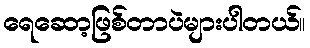
ရေဆော့ဖြစ်တာပဲများပါတယ်။